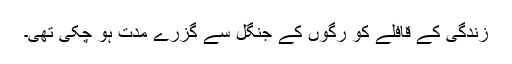
زندگی کے قافلے کو رگوں کے جنگل سے گزرے مدت ہو چکی تھی۔